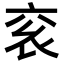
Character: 𬡄